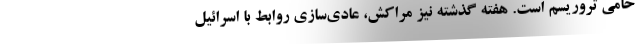
حامی تروریسم است. هفته گذشته نیز مراکش، عادی‌سازی روابط با اسرائیل